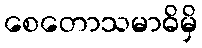
စေတောသမာဓိမှိ